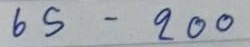
65 - 200